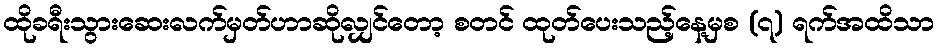
ထိုခရီးသွားဆေးလက်မှတ်ဟာဆိုလျှင်တော့ စတင် ထုတ်ပေးသည့်နေ့မှစ (၇) ရက်အထိသာ